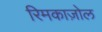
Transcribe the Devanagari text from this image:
रिमकाज़ोल